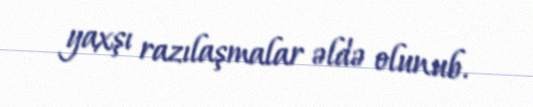
yaxşı razılaşmalar əldə olunub.